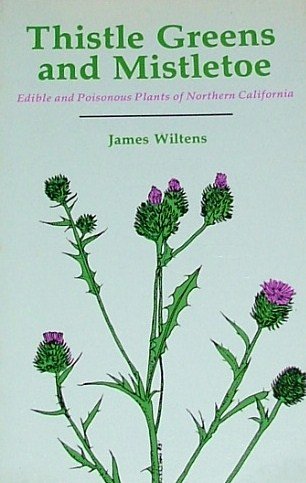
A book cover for Thistle Greens and Mistletoe: Edible and Poisonous Plants of Northern California; James S. Wiltens; Crafts, Hobbies & Home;